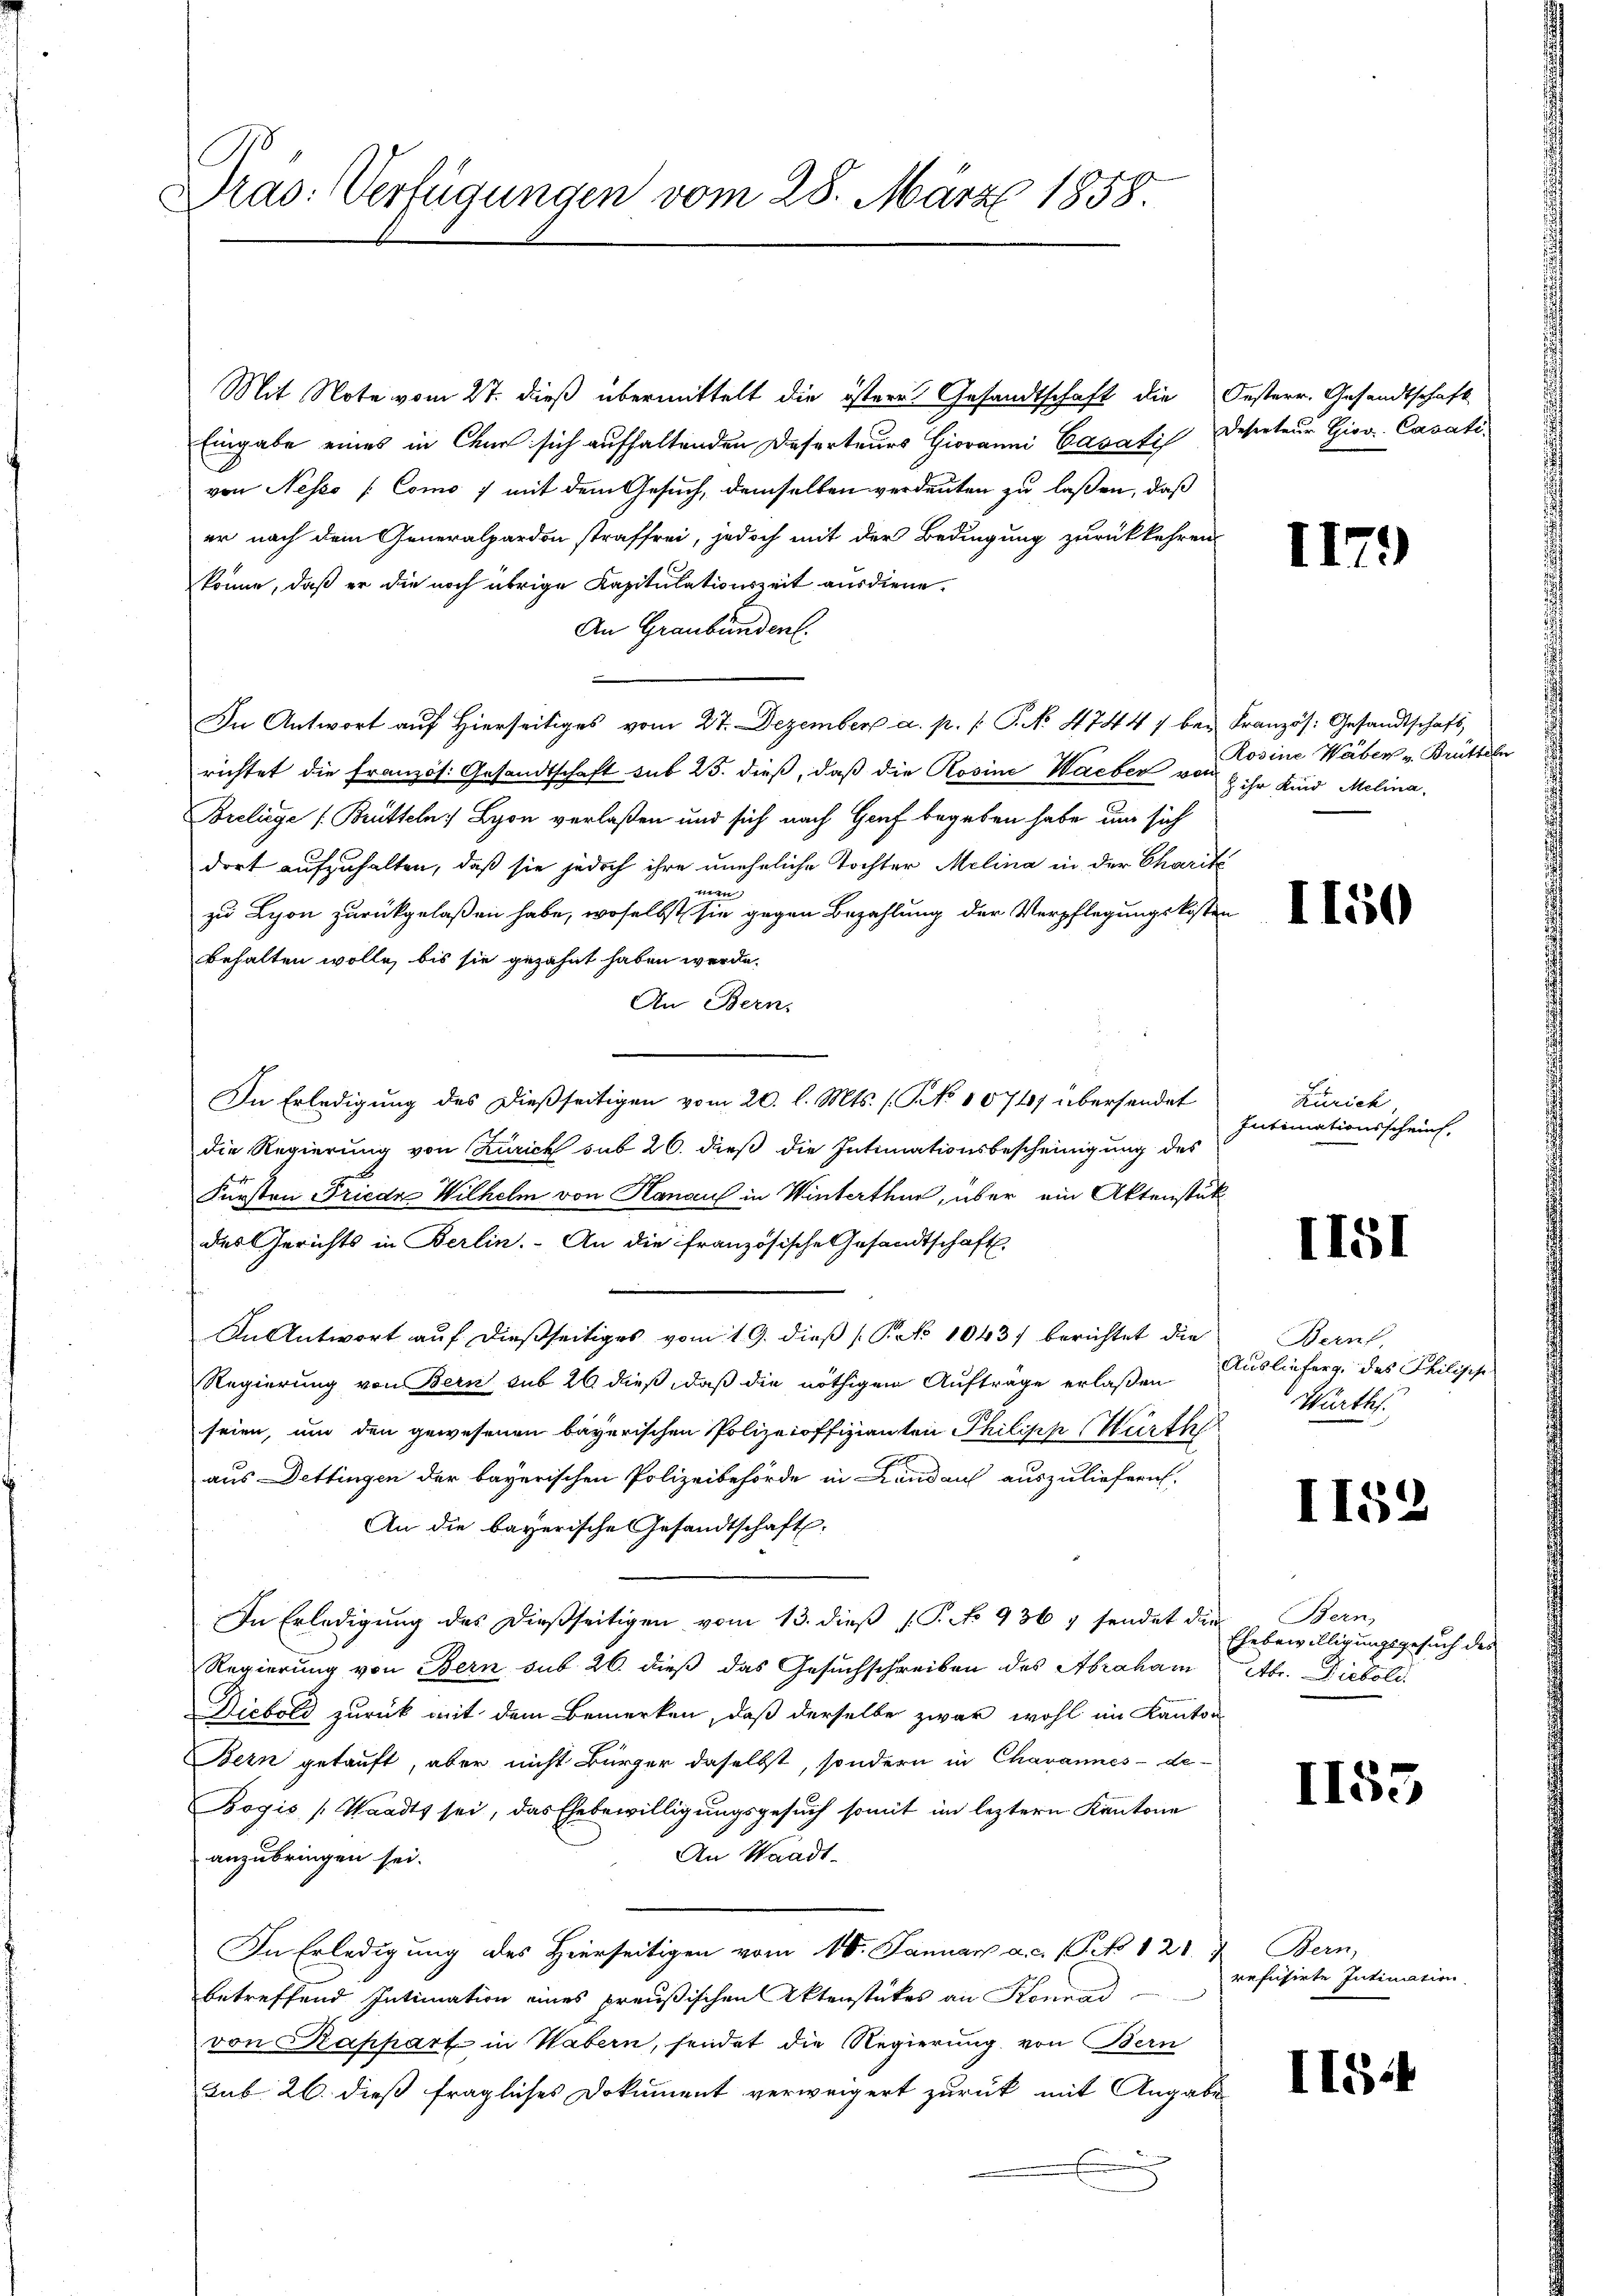
Dras: Verfügungen vom 28. März 1858.

Mit Note vom 27. dieß übermittelt die österen Gesandtschaft die Oesterr. Gesandtschaft
Eingabe eines in Chur sich aufhaltenden Deserteurs Giovanni Cavati Deserteur Gior. Casativon Nesto (Como 7 mit dem Gesuch, demselben verdeuten zu laßen, daß
er nach dem Generalpardon straffrei, jedoch mit der Bedingung zurückkehren
könne, daß er die noch übrige Kapitulationszeit ausdiene.
An Graubünden.
In Antwort auf hierseitiges vom 27. Dezember a. p. p. P. No 4744 / bey Französ. Gesandtschaft,
richtet die französ. Gesandtschaft sub 25. dieß, daß die Rosine Wacher von
Breliege (Brütteln Lyon verlaßen und sich nach Genf begeben habe, um sich
dort aufzuhalten, daß sie jedoch ihre uneheliche Tochter Melina in der Charit
nen
zu Lyon zurückgelaßen habe, woselbst sie gegen Bezahlung der Verpflegungskosten
behalten wolle, bis sie gezahnt haben werde.
An Bern.
In Erledigung des dießseitigen vom 20. l. Mts. (T No 10747 übersendet
die Regierung von Zürich sub 26. dieß die Intimationsbescheinigung des
Fürsten Friede Wilhelm von Hanau in Winterthur, über ain Aktenstük
der Gerichts in Berlin. An die französische Gesandtschaft
In Antwort auf dießseitiges vom 19. dieß (Pek 1043/ berichtet die Zürich,
Regierung von Bern sub 26 dieß, daß die nöthigen Aufträge erlaßen
seien, um den gewesenen bayerischen Polizeioffizianten Philipp Würth
aus Dettingen der bayerischen Polizeibehörde in Lindau auszuliefern.
An die bayerische Gesandtschaft.
In Erledigung des dießseitigen vom 13. dieß P. No 936, sendet die
Regierung von Bern sub 26. dieß das Gesuchschreiben des Abraham etbr. Diebold
Diebold zurück mit dem Bemerken, daß derselbe zwar wohl im Kanton
Bern getauft, aber nicht Bürger daselbst, sondern in Chavannes-de-
Bogis (Waadt sei, das Ehebewilligungsgesuch somit im leztern Kantone
An Waadt.
anzubringen sei.
In Erledigung des Hierseitigen vom 16. Januar a. c. 1 Pk 121 u. Bern,
betreffend Intimation eines preußischen Aktenstückes an Konrad
von Kappart in Wabern, sendet die Regierung von Bern
sub 26. dieß fragliches Dokument verweigert zurück mit Angabe

I17.)

Rosine Wäber - Brütteln
z ihr Kind Melina.

I10

Zürich
Intimationsscheint,

II51

Auslieferg. des Philisch
Wirths.

II52

Bern,
Ehebewilligungsgesuch des

II55

refusirte Intimation

II54